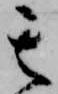
其